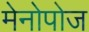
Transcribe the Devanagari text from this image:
मेनोपोज